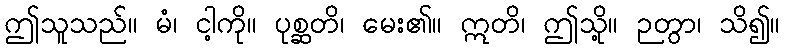
ဤသူသည်။ မံ၊ ငါ့ကို။ ပုစ္ဆတိ၊ မေး၏။ ဣတိ၊ ဤသို့။ ဉတွာ၊ သိ၍။